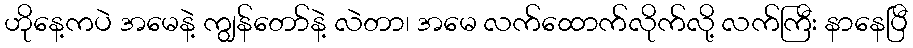
ဟိုနေ့ကပဲ အမေနဲ့ ကျွန်တော်နဲ့ လဲတာ၊ အမေ လက်ထောက်လိုက်လို့ လက်ကြီး နာနေပြီ